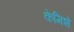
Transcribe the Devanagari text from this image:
केमिशे